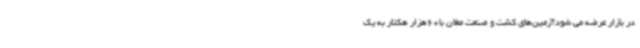
در بازار عرضه می شود؟زمین‌های کشت و صنعت مغان با60هزار هکتار به یک